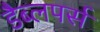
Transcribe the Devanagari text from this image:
डैब्लपर्स